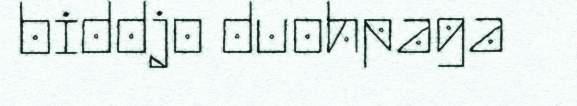
biddjo duohpaga